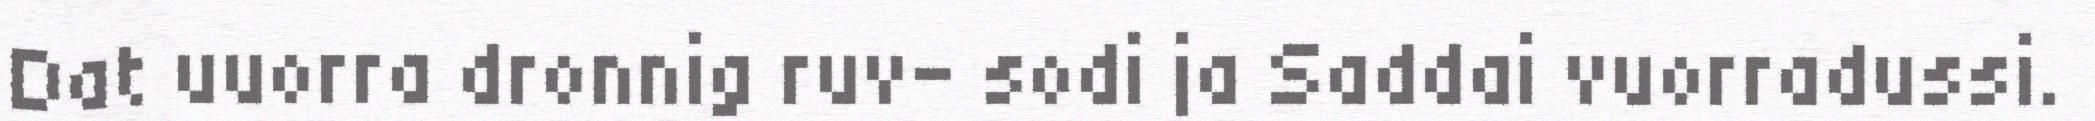
Dat uuorra dronnig ruv- sodi ja Saddai vuorradussi.